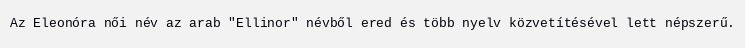
Az Eleonóra női név az arab "Ellinor" névből ered és több nyelv közvetítésével lett népszerű.